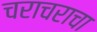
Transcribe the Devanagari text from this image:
चराचराचा